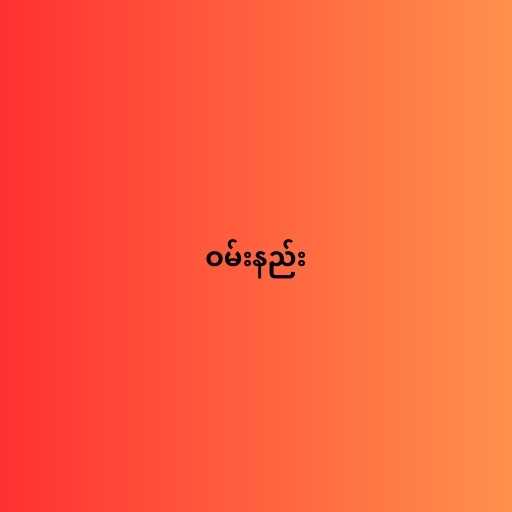
ဝမ်းနည်း